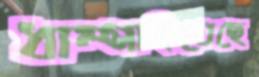
ধাম্‌সাইতেছে